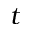
t